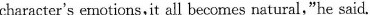
character's emotions,it all becomes natural,"he said.